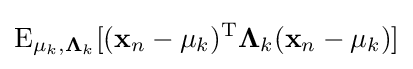
\operatorname {E} _{\mathbf {\mu } _{k},\mathbf {\Lambda } _{k}}[(\mathbf {x} _{n}-\mathbf {\mu } _{k})^{\rm {T}}\mathbf {\Lambda } _{k}(\mathbf {x} _{n}-\mathbf {\mu } _{k})]